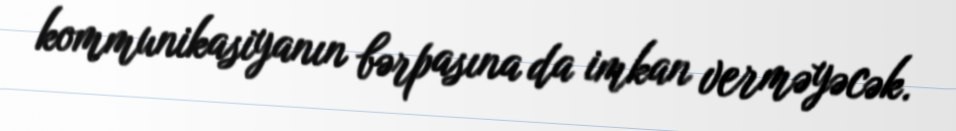
kommunikasiyanın bərpasına da imkan verməyəcək.